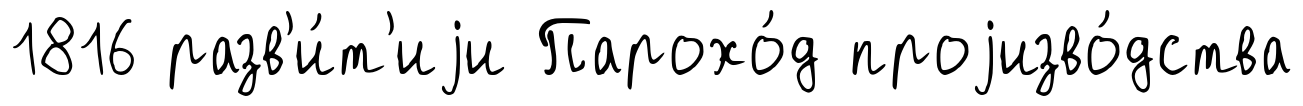
1816 разв'и́т'иjи Парохо́д проjизво́дства